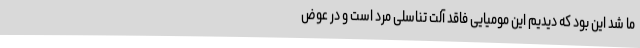
ما شد این بود که دیدیم این مومیایی فاقد آلت تناسلی مرد است و در عوض